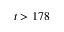
t > 1 7 8